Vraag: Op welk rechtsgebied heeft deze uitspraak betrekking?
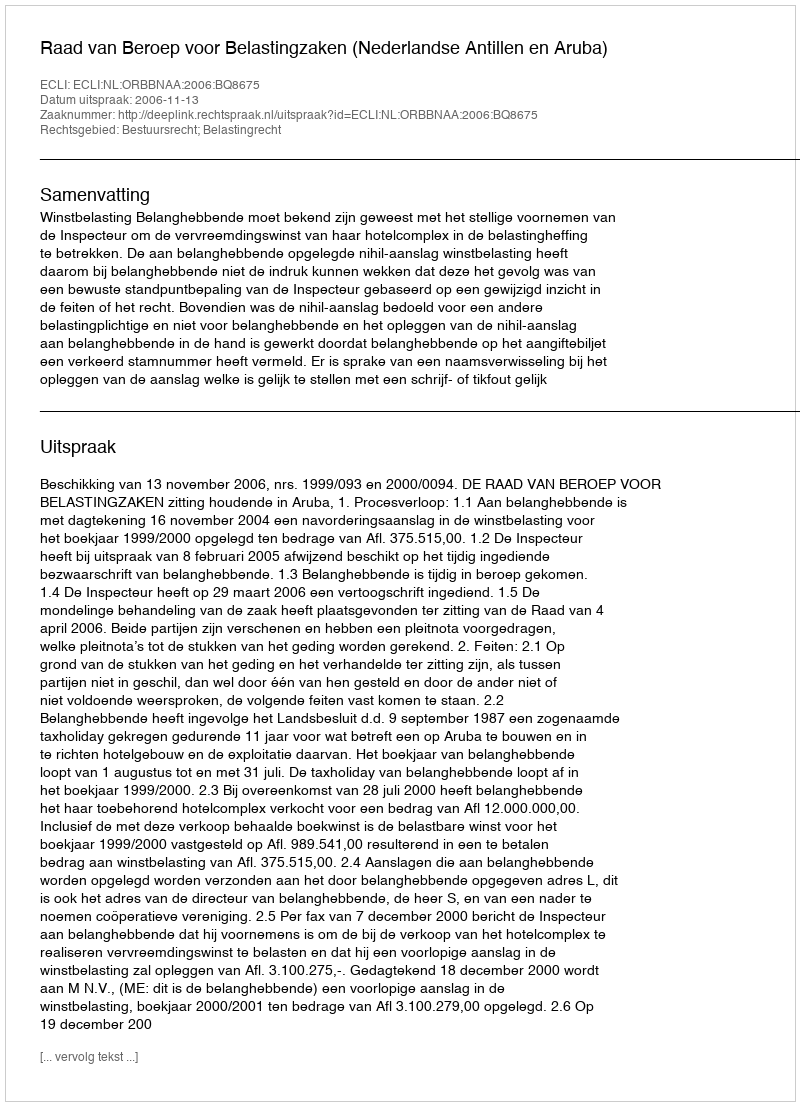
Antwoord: Bestuursrecht; Belastingrecht